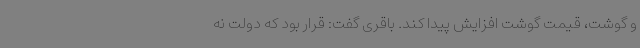
و گوشت، قیمت گوشت افزایش پیدا کند. باقری گفت: قرار بود که دولت نه